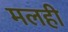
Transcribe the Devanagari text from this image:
मलही